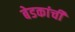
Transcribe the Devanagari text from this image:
बेडकांची